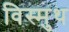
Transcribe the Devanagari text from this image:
विस्मुथ